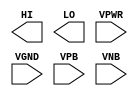
module sky130_fd_sc_hd__conb (
    HI  ,
    LO  ,
    VPWR,
    VGND,
    VPB ,
    VNB
);

    output HI  ;
    output LO  ;
    input  VPWR;
    input  VGND;
    input  VPB ;
    input  VNB ;
endmodule